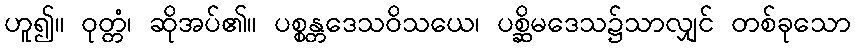
ဟူ၍။ ဝုတ္တံ၊ ဆိုအပ်၏။ ပစ္စန္တဒေသဝိသယေ၊ ပစ္ဆိမဒေသ၌သာလျှင် တစ်ခုသော